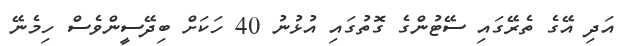
އަދި އޭގެ ތެރޭގައި ސޭޓުންގެ ގޮތުގައި އުޅުނު 40 ހަކަށް ބިދޭސީންވެސް ހިމެނޭ